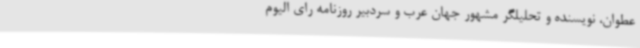
عطوان، نویسنده و تحلیلگر مشهور جهان عرب و سردبیر روزنامه رای الیوم